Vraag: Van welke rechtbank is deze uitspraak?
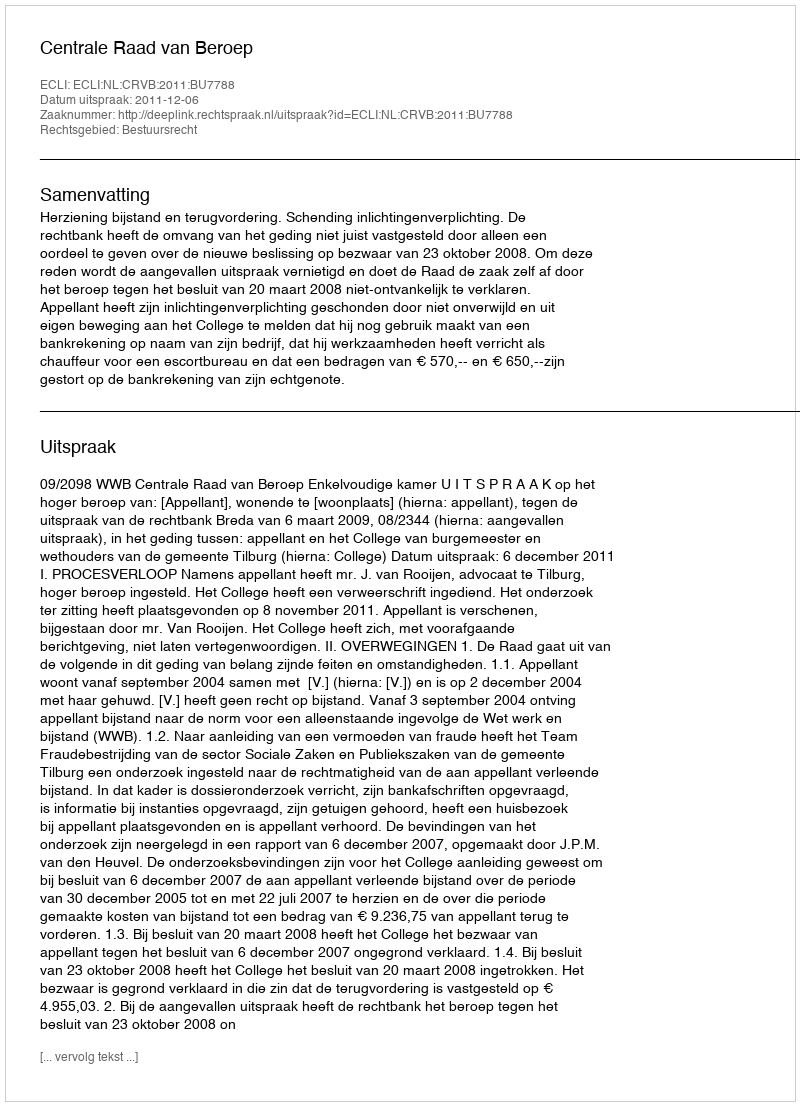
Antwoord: Centrale Raad van Beroep